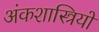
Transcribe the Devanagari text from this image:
अंकशास्त्रियों